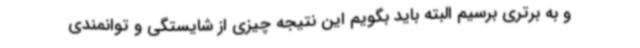
و به برتری برسیم البته باید بگویم این نتیجه چیزی از شایستگی و توانمندی